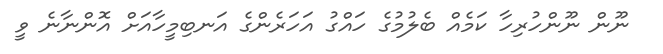
ނޫން ނޫންހުރިހާ ކަމެއް ބެލުމުގެ ހައްގު އަހަރެންގެ އަނބިމީހާއަށް އޮންނާނެ ވީ